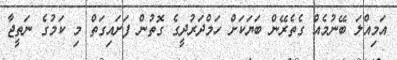
އަމިއްލަ ބޭނުމެއް ގެތެރޭން ބަޔަކަށް ހަމްދަރުދީގެ ގޮތުން ފަށައިގަތް މި ކަމުގެ ނަތީޖާ